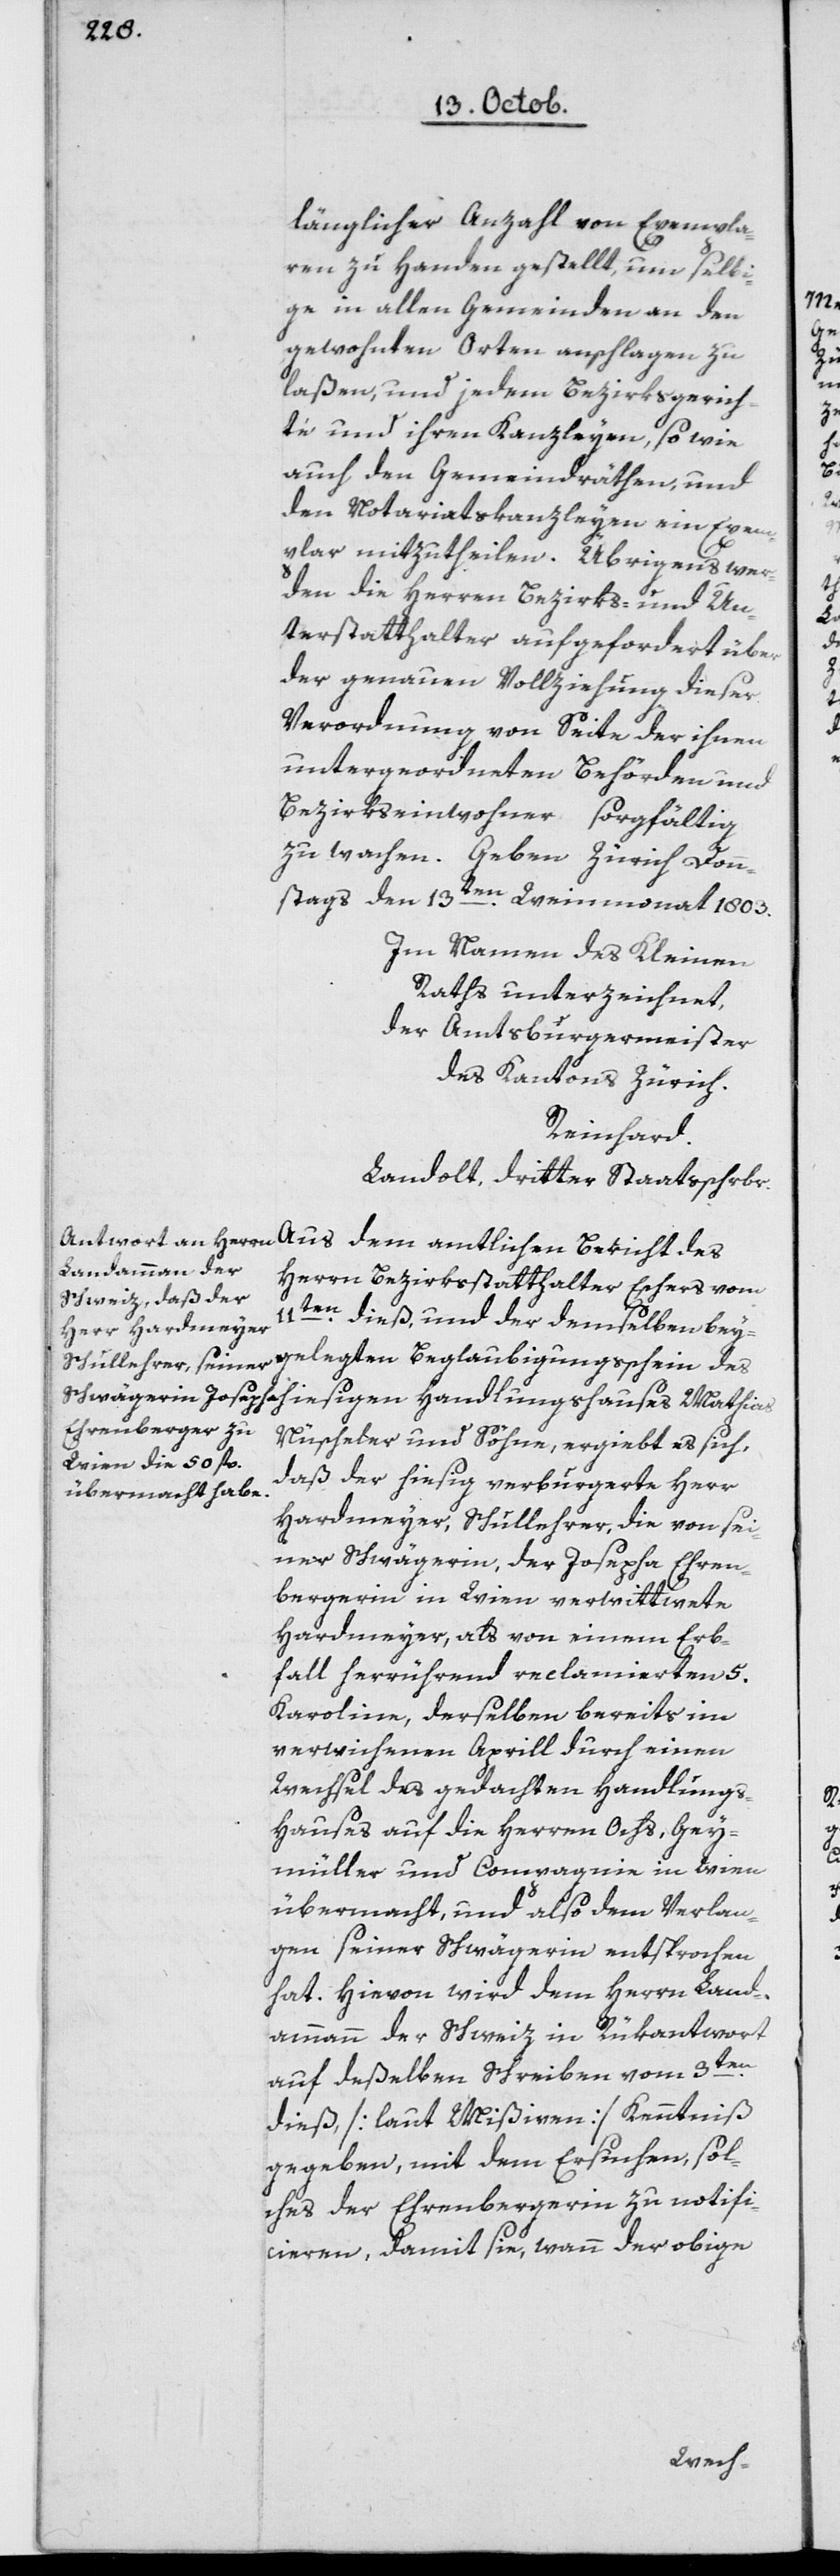
länglicher Anzahl von Exempla¬
ren zu Handen gestellt, um selbi¬
ge in allen Gemeinden an den
gewohnten Orten anschlagen zu
laßen, und jedem Bezirksgerich¬
te und ihren Kanzleyen, so wie
auch den Gemeindräthen und
den Notariatskanzleyen ein Exem¬
plar mitzutheilen. Übrigens wer¬
den die Herren Bezirks- und Un¬
terstatthalter aufgefordert über
der genauen Vollziehung dieser
Verordnung von Seite der ihnen
untergeordneten Behörden und
Bezirkseinwohner sorgfältig
stag den 13ten Weinmonat 1803.
Im Namen des Kleinen
Raths unterzeichnet,
der Amtsburgermeister
des Kantons Zürich.
Reinhard.
Landolt, dritter Staatsschrbr.
Herrn Bezirksstatthalter Eschers vom
11ten dieß, und der demselben bey¬
gelegten Beglaubigungsschein des
hiesigen Handlungshauses Mathias
Nüscheler und Söhne, ergiebt es sich,
daß der hiesig verburgerte Herr
Hardmeyer, Schullehrer, die von sei¬
ner Schwägerin, der Josepha Ehren¬
bergerin in Wien verwittwete
Hardmeyer, als von einem Erb¬
fall herrührend reclamierten 5
Karoline, derselben bereits im
verwichenen Aprill durch einen
Wechsel des gedachten Handlungs¬
hauses auf die Herren Ochs, Gey¬
müller und Compagnie in Wien
übermacht, und also dem Verlan¬
gen seiner Schwägerin entsprochen
hat. Hievon wird dem Herrn Land¬
ammann der Schweiz in Rükantwort
aufdeßelben Schreiben vom 3ten
dieß [laut Mißiven] Kenntniß
gegeben, mit dem Ersuchen, sol¬
ches der Ehrenbergerin zu notifi¬
cieren, damit sie, wenn der obige
Bericht